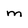
Character: m